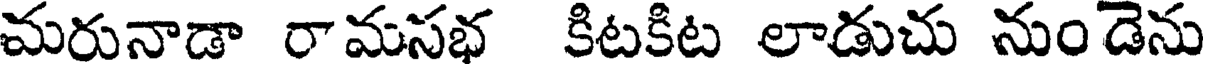
మరునాడా రామసభ కిటకిట లాడుచు నుండెను